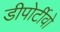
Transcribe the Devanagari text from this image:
डीपोर्टीवो